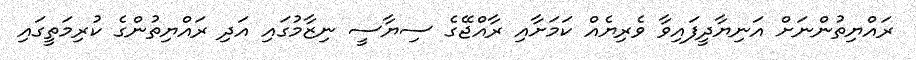
ރައްޔިތުންނަށް އަނިޔާދީފައިވާ ވެރިޔެއް ކަމަށާއި ރާއްޖޭގެ ސިޔާސީ ނިޒާމުގައި އަދި ރައްޔިތުންގެ ކުރިމަތީގައި